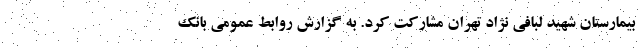
بیمارستان شهید لبافی نژاد تهران مشارکت کرد. به گزارش روابط عمومی بانک